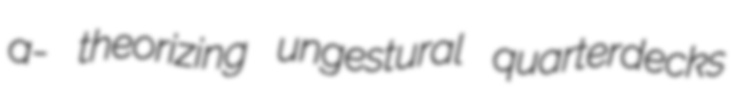
a- theorizing ungestural quarterdecks